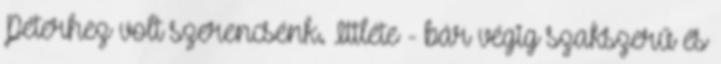
Péterhez volt szerencsénk. Ittléte - bár végig szakszerű és